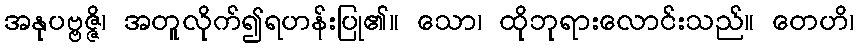
အနုပဗ္ဗဇ္ဇိ၊ အတူလိုက်၍ရဟန်းပြု၏။ သော၊ ထိုဘုရားလောင်းသည်။ တေဟိ၊